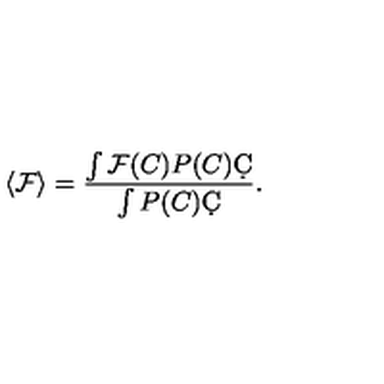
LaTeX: \langle \mathcal { F } \rangle = \frac { \int \mathcal { F } ( C ) P ( C ) \d C } { \int P ( C ) \d C } .